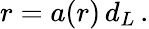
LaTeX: r=a(r)\, d_{L}\, .